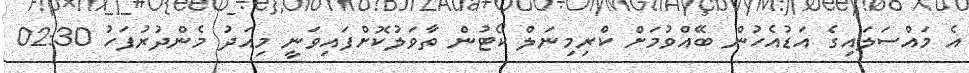
އެ މައްސަލައިގެ އަޑުއެހުން ބޭއްވުމަށް ކްރިމިނަލް ކޯޓުން ތާވަލުކޮށްފައިވަނީ މިއަދު މެންދުރުފަހު 02:30